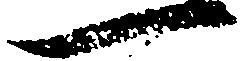
一